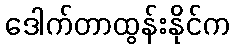
ဒေါက်တာထွန်းနိုင်က